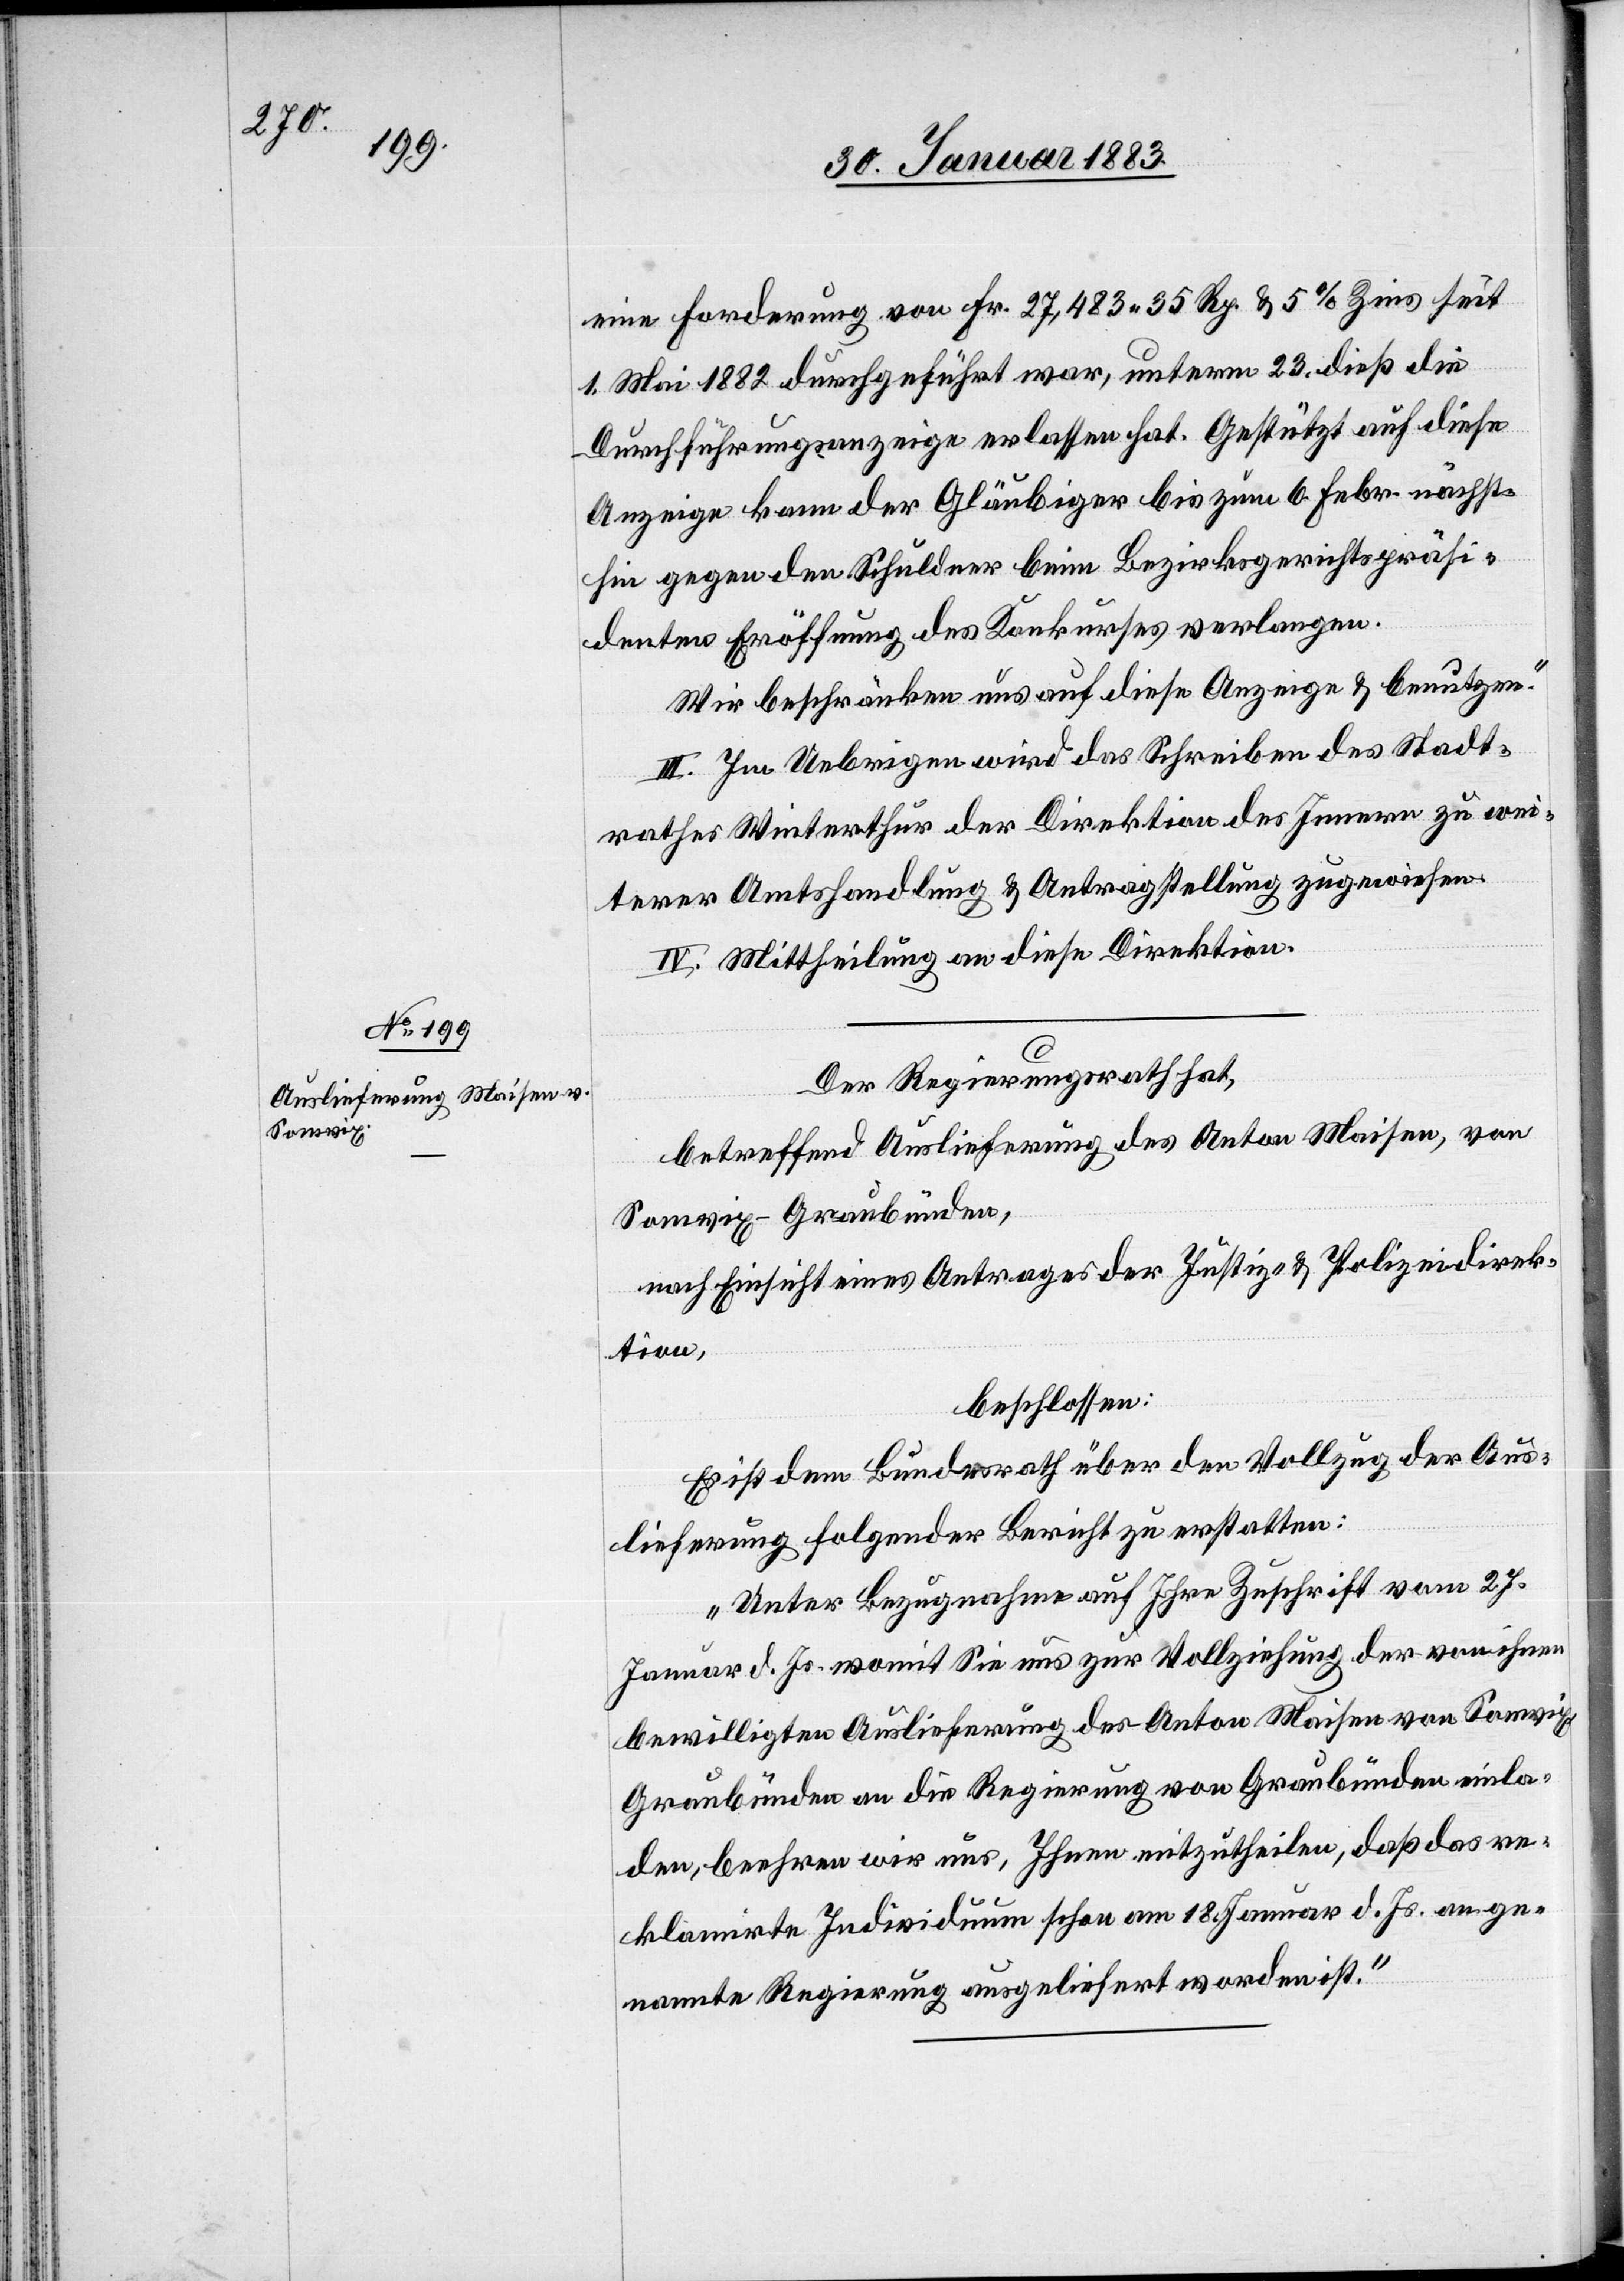
eine Forderung von Fr. 27,483 35 Rp. & 5% Zins seit
1. Mai 1882 durchgeführt war, unterm 23. dieß die
Durchführungsanzeige erlassen hat. Gestützt auf diese
Anzeige kann der Gläubiger bis zum 6. Febr. nächst¬
hin gegen den Schuldner beim Bezirksgerichtspräsi¬
denten Eröffnung des Konkurses verlangen.
Wir beschränken uns auf diese Anzeige & benutzen.“
III. Im Uebrigen wird das Schreiben des Stadt¬
rathes Winterthur der Direktion des Innern zu wei¬
terer Amtshandlung & Antragstellung zugewiesen.
IV. Mittheilung an diese Direktion.
Der Regierungsrath hat,
betreffend Auslieferung des Anton Maisen, von
Somvix - Graubünden,
nach Einsicht eines Antrages der Justiz- & Polizeidirek¬
tion,
beschlossen:
Es ist dem Bundesrath über den Vollzug der Aus¬
lieferung folgender Bericht zu erstatten:
„Unter Bezugnahme auf Ihre Zuschrift vom 27.
Januar d. Js. womit Sie uns zur Vollziehung der von Ihnen
bewilligten Auslieferung des Anton Maisen von Somvix -
Graubünden an die Regierung von Graubünden einla¬
den, beehren wir uns, Ihnen mitzutheilen, daß das re¬
klamirte Individuum schon am 18. Januar d. Js. an ge¬
nannte Regierung ausgeliefert worden ist.“